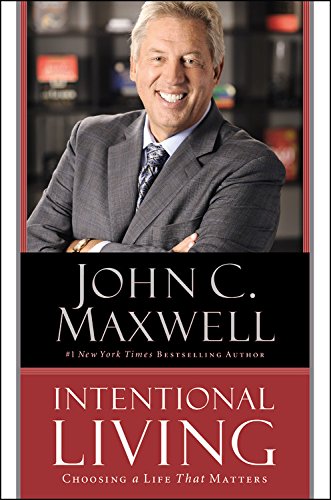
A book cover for Intentional Living: Choosing a Life That Matters; John C. Maxwell; Self-Help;